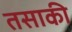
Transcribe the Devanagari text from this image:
तसाकी